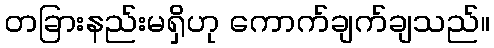
တခြားနည်းမရှိဟု ကောက်ချက်ချသည်။